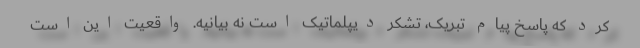
کرد که پاسخ پیام تبریک، تشکر دیپلماتیک است نه بیانیه. واقعیت این است